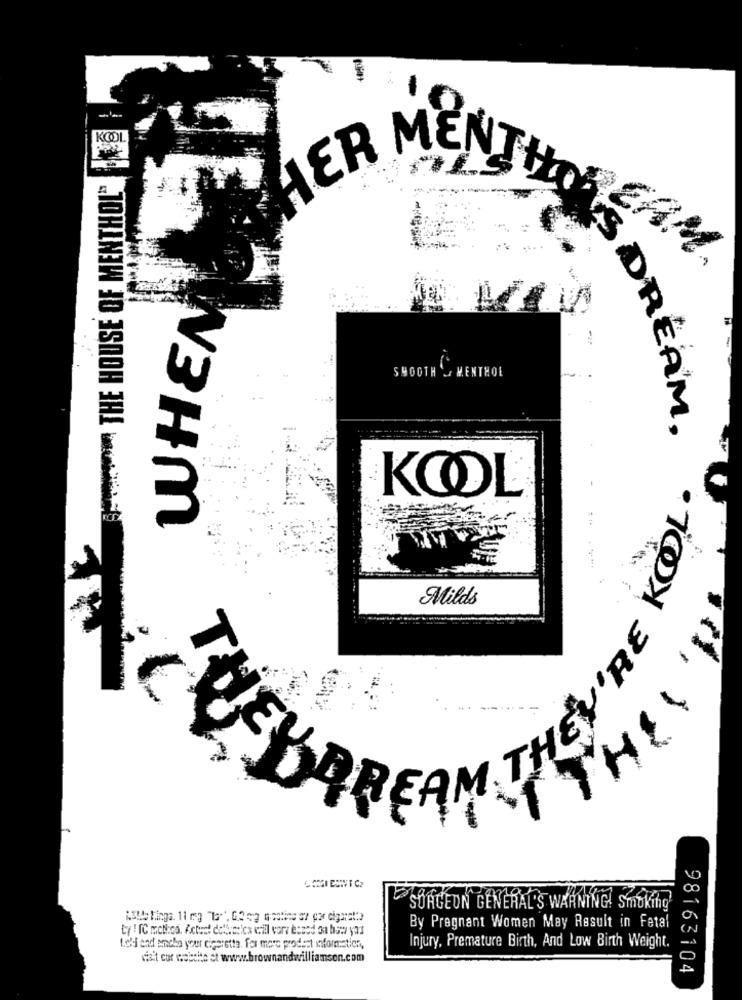
KOOL
ME
LER
THE HOUSE OF MENTHOL"
S
WHEN
SMOOTH ' MENTHOL
DREAM,
**:
KOOL
THEY'RE KOL.
Milds
SH
FUSHAREAM THEN
SURGEON GENERAL'S WARNING! Smoking
By Pregnant Women May Result in Fetal
t.o'l and ancho your cigaretta. for more product information,
Injury, Premature Birth, And Low Birth Weight.
via't cor website et www.brownandwilliamson.com
98163104